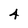
Character: 4